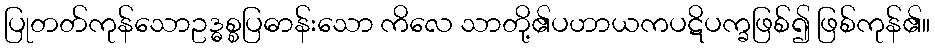
ပြုတတ်ကုန်သောဥဒ္ဓစ္စပြဓာန်းသော ကိလေ သာတို့၏ပဟာယကပဋိပက္ခဖြစ်၍ ဖြစ်ကုန်၏။